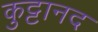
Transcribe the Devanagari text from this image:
कुट्टानद